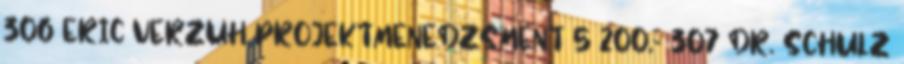
306 ERIC VERZUH PROJEKTMENEDZSMENT 5 200,- 307 DR. SCHULZ